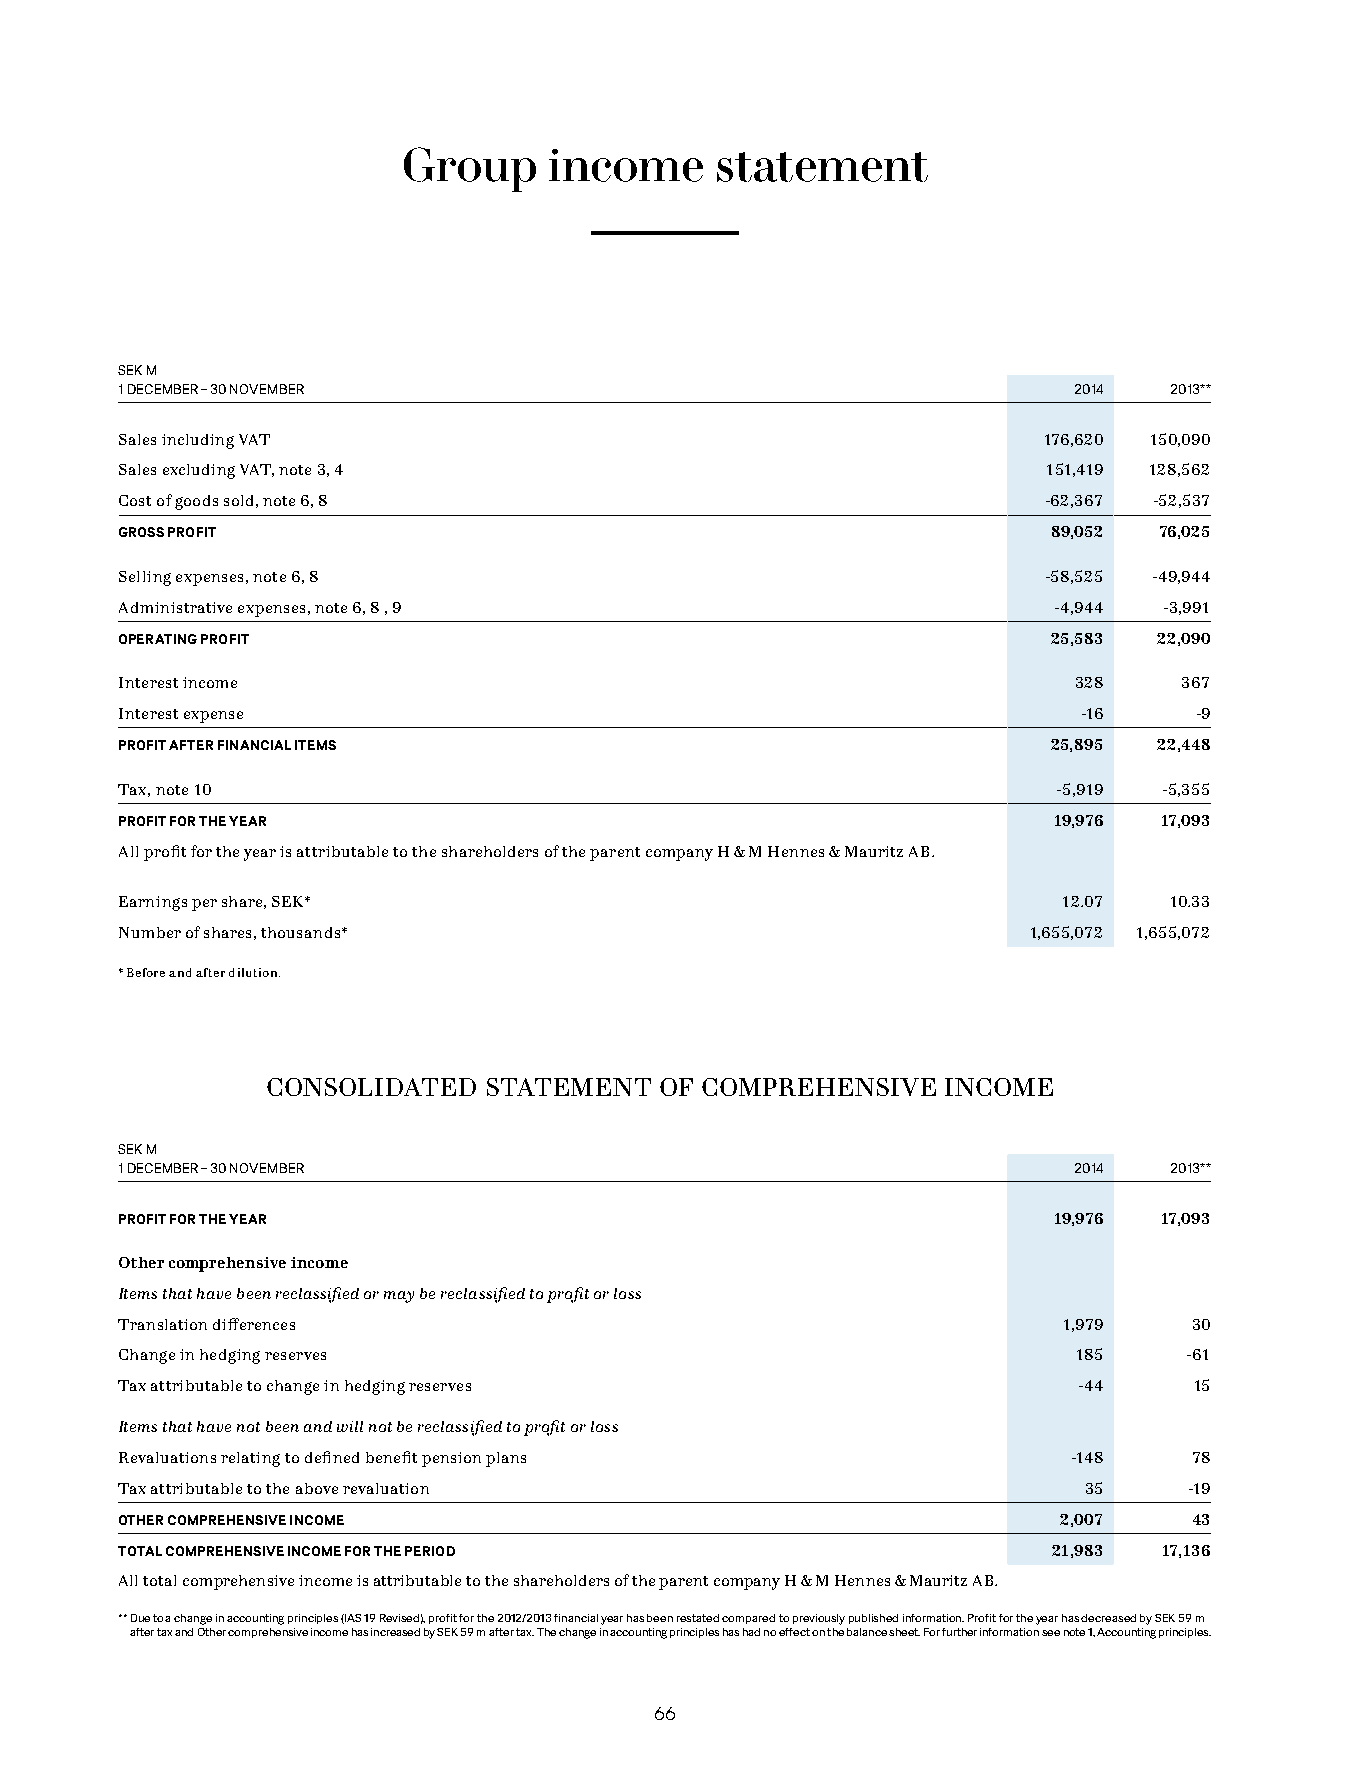
Group    income     statement
 SEK M
 1 DECEMBER – 30 NOVEMBER                                       2014  2013**
 Sales including VAT                                          176,620 150,090
 Sales excluding VAT, note 3, 4                               151,419 128,562
 Cost of goods sold, note 6, 8                                -62,367 -52,537
 GROSS PROFIT                                                  89,052 76,025
 Selling expenses, note 6, 8                                  -58,525 -49,944
 Administrative expenses, note 6, 8 , 9                        -4,944 -3,991
 OPERATING PROFIT                                              25,583 22,090
 Interest income                                                328    367
 Interest expense                                                -16    -9
 PROFIT AFTER FINANCIAL ITEMS                                  25,895 22,448
 Tax, note 10                                                  -5,919 -5,355
 PROFIT FOR THE YEAR                                           19,976 17,093
 All profit for the year is attributable to the shareholders of the parent company H & M Hennes & Mauritz AB.
 Earnings per share, SEK*                                      12.07  10.33
 Number of shares, thousands*                                1,655,072 1,655,072
 * Before and after dilution.
 CONSOLIDATED  STATEMENT   OF COMPREHENSIVE   INCOME
 SEK M
 1 DECEMBER – 30 NOVEMBER                                       2014  2013**
 PROFIT FOR THE YEAR                                           19,976 17,093
 Other comprehensive income
 Items that have been reclassified or may be reclassified to profit or loss
 Translation differences                                       1,979    30
 Change in hedging reserves                                     185    -61
 Tax attributable to change in hedging reserves                 -44     15
 Items that have not been and will not be reclassified to profit or loss
 Revaluations relating to defined benefit pension plans         -148    78
 Tax attributable to the above revaluation                       35     -19
 OTHER COMPREHENSIVE INCOME                                    2,007    43
 TOTAL COMPREHENSIVE INCOME FOR THE PERIOD                     21,983 17,136
 All total comprehensive income is attributable to the shareholders of the parent company H & M Hennes & Mauritz AB.
 ** Due to a change in accounting principles (IAS 19 Revised), profit for the 2012/2013 financial year has been restated compared to previously published information. Profit for the year has decreased by SEK 59 m
 after tax and Other comprehensive income has increased by SEK 59 m after tax. The change in accounting principles has had no effect on the balance sheet. For further information see note 1, Accounting principles.
 6666